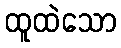
ထူထဲသော